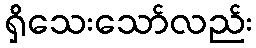
ရှိသေးသော်လည်း